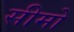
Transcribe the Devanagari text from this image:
सीमो